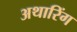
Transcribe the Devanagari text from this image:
अथारिंग